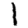
Digit: 1